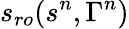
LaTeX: s_{ro}(s^{n},\Gamma^{n})